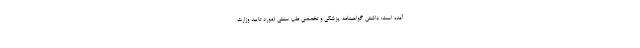
آمده است: داشتن گواهینامه پزشکی و تخصصی طب سنتی (مورد تایید وزارت